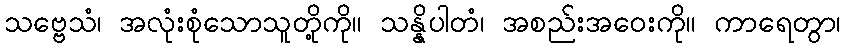
သဗ္ဗေသံ၊ အလုံးစုံသောသူတို့ကို။ သန္နိပါတံ၊ အစည်းအဝေးကို။ ကာရေတွာ၊